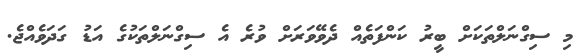
މި ސިގްނަލްތަކަށް ބީރު ކަންފަތެއް ދެވޭވަރަށް ވުރެ އެ ސިގްނަލްތަކުގެ އަޑު ގަދަވެއްޖެ.